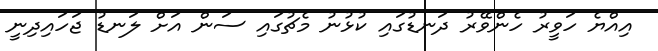
އިއްޔެ ހަވީރު ހެންވޭރު ދަނޑުގައި ކުޅުނު މެޗުގައި ސަން އަށް ލަނޑު ޖަހައިދިނީ